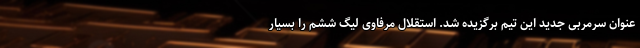
عنوان سرمربی جدید این تیم برگزیده شد. استقلال مرفاوی لیگ ششم را بسیار